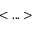
< . . . >